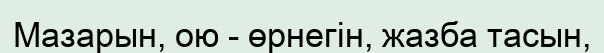
Мазарын, ою - өрнегiн, жазба тасын,